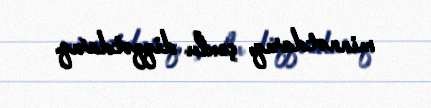
minnətdarıq, çoxlu diqqətdarıq.